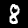
Label: 8